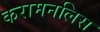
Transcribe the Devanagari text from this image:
करामनलिस